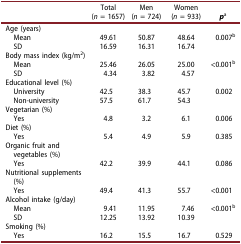
<table><thead><tr><td><b> </b></td><td><b>Total (<i>n</i> = 1657)</b></td><td><b>Men (<i>n</i> = 724)</b></td><td><b>Women (<i>n</i> = 933)</b></td><td><b><i>p</i><sup>a</sup></b></td></tr></thead><tbody><tr><td>Age (years)</td><td> </td><td> </td><td> </td><td> </td></tr><tr><td> Mean</td><td>49.61</td><td>50.87</td><td>48.64</td><td>0.007<sup>b</sup></td></tr><tr><td> SD</td><td>16.59</td><td>16.31</td><td>16.74</td><td> </td></tr><tr><td>Body mass index (kg/m<sup>2</sup>)</td><td> </td><td> </td><td> </td><td> </td></tr><tr><td> Mean</td><td>25.46</td><td>26.05</td><td>25.00</td><td>&lt;0.001<sup>b</sup></td></tr><tr><td> SD</td><td>4.34</td><td>3.82</td><td>4.57</td><td> </td></tr><tr><td>Educational level (%)</td><td> </td><td> </td><td> </td><td> </td></tr><tr><td> University</td><td>42.5</td><td>38.3</td><td>45.7</td><td>0.002</td></tr><tr><td> Non-university</td><td>57.5</td><td>61.7</td><td>54.3</td><td> </td></tr><tr><td>Vegetarian (%)</td><td> </td><td> </td><td> </td><td> </td></tr><tr><td> Yes</td><td>4.8</td><td>3.2</td><td>6.1</td><td>0.006</td></tr><tr><td>Diet (%)</td><td> </td><td> </td><td> </td><td> </td></tr><tr><td> Yes</td><td>5.4</td><td>4.9</td><td>5.9</td><td>0.385</td></tr><tr><td>Organic fruit and vegetables (%)</td><td> </td><td> </td><td> </td><td> </td></tr><tr><td> Yes</td><td>42.2</td><td>39.9</td><td>44.1</td><td>0.086</td></tr><tr><td>Nutritional supplements (%)</td><td> </td><td> </td><td> </td><td> </td></tr><tr><td> Yes</td><td>49.4</td><td>41.3</td><td>55.7</td><td>&lt;0.001</td></tr><tr><td>Alcohol intake (g/day)</td><td> </td><td> </td><td> </td><td> </td></tr><tr><td> Mean</td><td>9.41</td><td>11.95</td><td>7.46</td><td>&lt;0.001<sup>b</sup></td></tr><tr><td> SD</td><td>12.25</td><td>13.92</td><td>10.39</td><td> </td></tr><tr><td>Smoking (%)</td><td> </td><td> </td><td> </td><td> </td></tr><tr><td> Yes</td><td>16.2</td><td>15.5</td><td>16.7</td><td>0.529</td></tr></tbody></table>